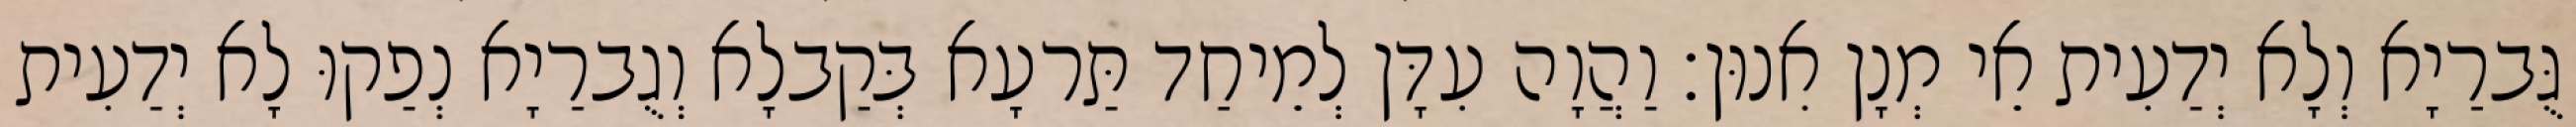
גֻּברַיָא וְלָא יְדַעִית אֵי מְנָן אִנוּן׃ וַהֲוָה עִדָּן לְמֵיחַד תַּרעָא בְּקַבלָא וְגֻברַיָא נְפַקוּ לָא יְדַעִית